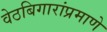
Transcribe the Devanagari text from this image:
वेठबिगारांप्रमाणे